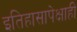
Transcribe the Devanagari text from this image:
इतिहासापेक्षाही